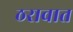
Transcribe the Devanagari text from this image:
ठरावात